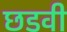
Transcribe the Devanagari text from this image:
छडवी